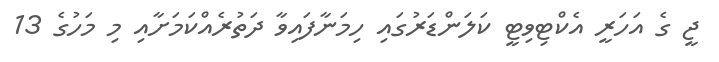
ޖީ ގެ އަހަރީ އެކްޓިވިޓީ ކަލަންޑަރުގައި ހިމަނާފައިވާ ދަތުރެއްކަމަށާއި މި މަހުގެ 13